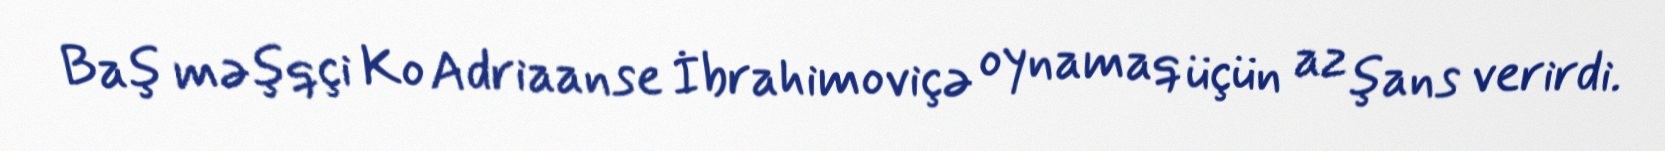
Baş məşqçi Ko Adriaanse İbrahimoviçə oynamaq üçün az şans verirdi.